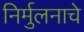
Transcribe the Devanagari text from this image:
निर्मुलनाचे